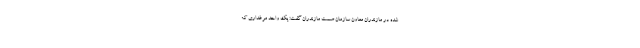
شده در مازندران معاون سازمان صمت مازندران گفت: یک واحد مرغداری که